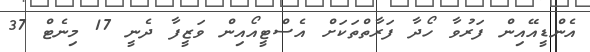
އެންޑީއޭއިން ފަރުވާ ހޯދާ ފަރާތްތަކަށް އެސްޓީއޯއިން ވަޒީފާ ދެނީ 17 މިނެޓް 37